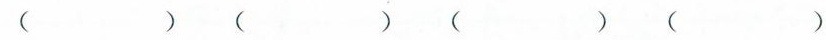
( ) ( ) ( ) ( )